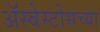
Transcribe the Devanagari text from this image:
ॲस्बेस्टोसच्या